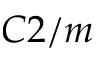
C 2 / m